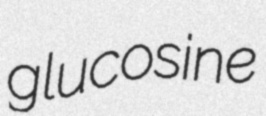
glucosine